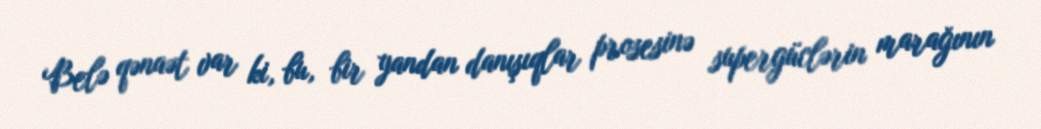
Belə qənaət var ki, bu, bir yandan danışıqlar prosesinə supergüclərin marağının